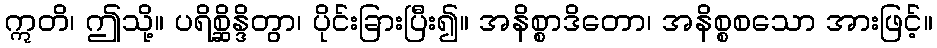
ဣတိ၊ ဤသို့။ ပရိစ္ဆိန္ဒိတွာ၊ ပိုင်းခြားပြီး၍။ အနိစ္စာဒိတော၊ အနိစ္စစသော အားဖြင့်။